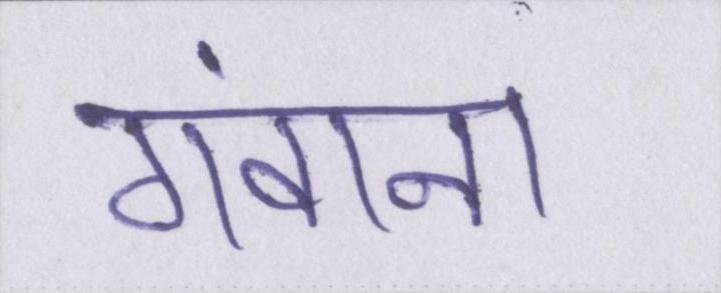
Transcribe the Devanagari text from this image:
गंवाना